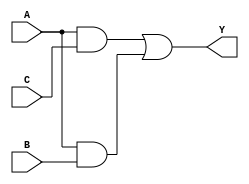
module gateLevel(input wire A,B,C, output wire Y);

	wire w1, w2;
	and (w1, A, C);
	and (w2, A, B);
	or (Y, w1, w2);

endmodule

module operadores(input wire A,B,C, output wire Y);

	assign Y= (A&C) | (A&B);
	
endmodule